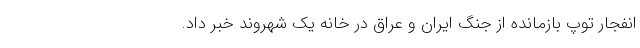
انفجار توپ بازمانده از جنگ ایران و عراق در خانه یک‌ شهروند خبر داد‌.